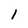
Character: 1